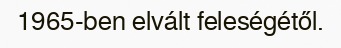
1965-ben elvált feleségétől.